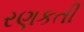
રણકતી